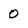
Character: 0